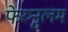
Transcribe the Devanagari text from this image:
फेरुनुलम